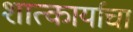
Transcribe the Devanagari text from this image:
शात्कार्याचा